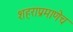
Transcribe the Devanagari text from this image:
शहराप्रमाणेच